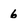
Character: 6